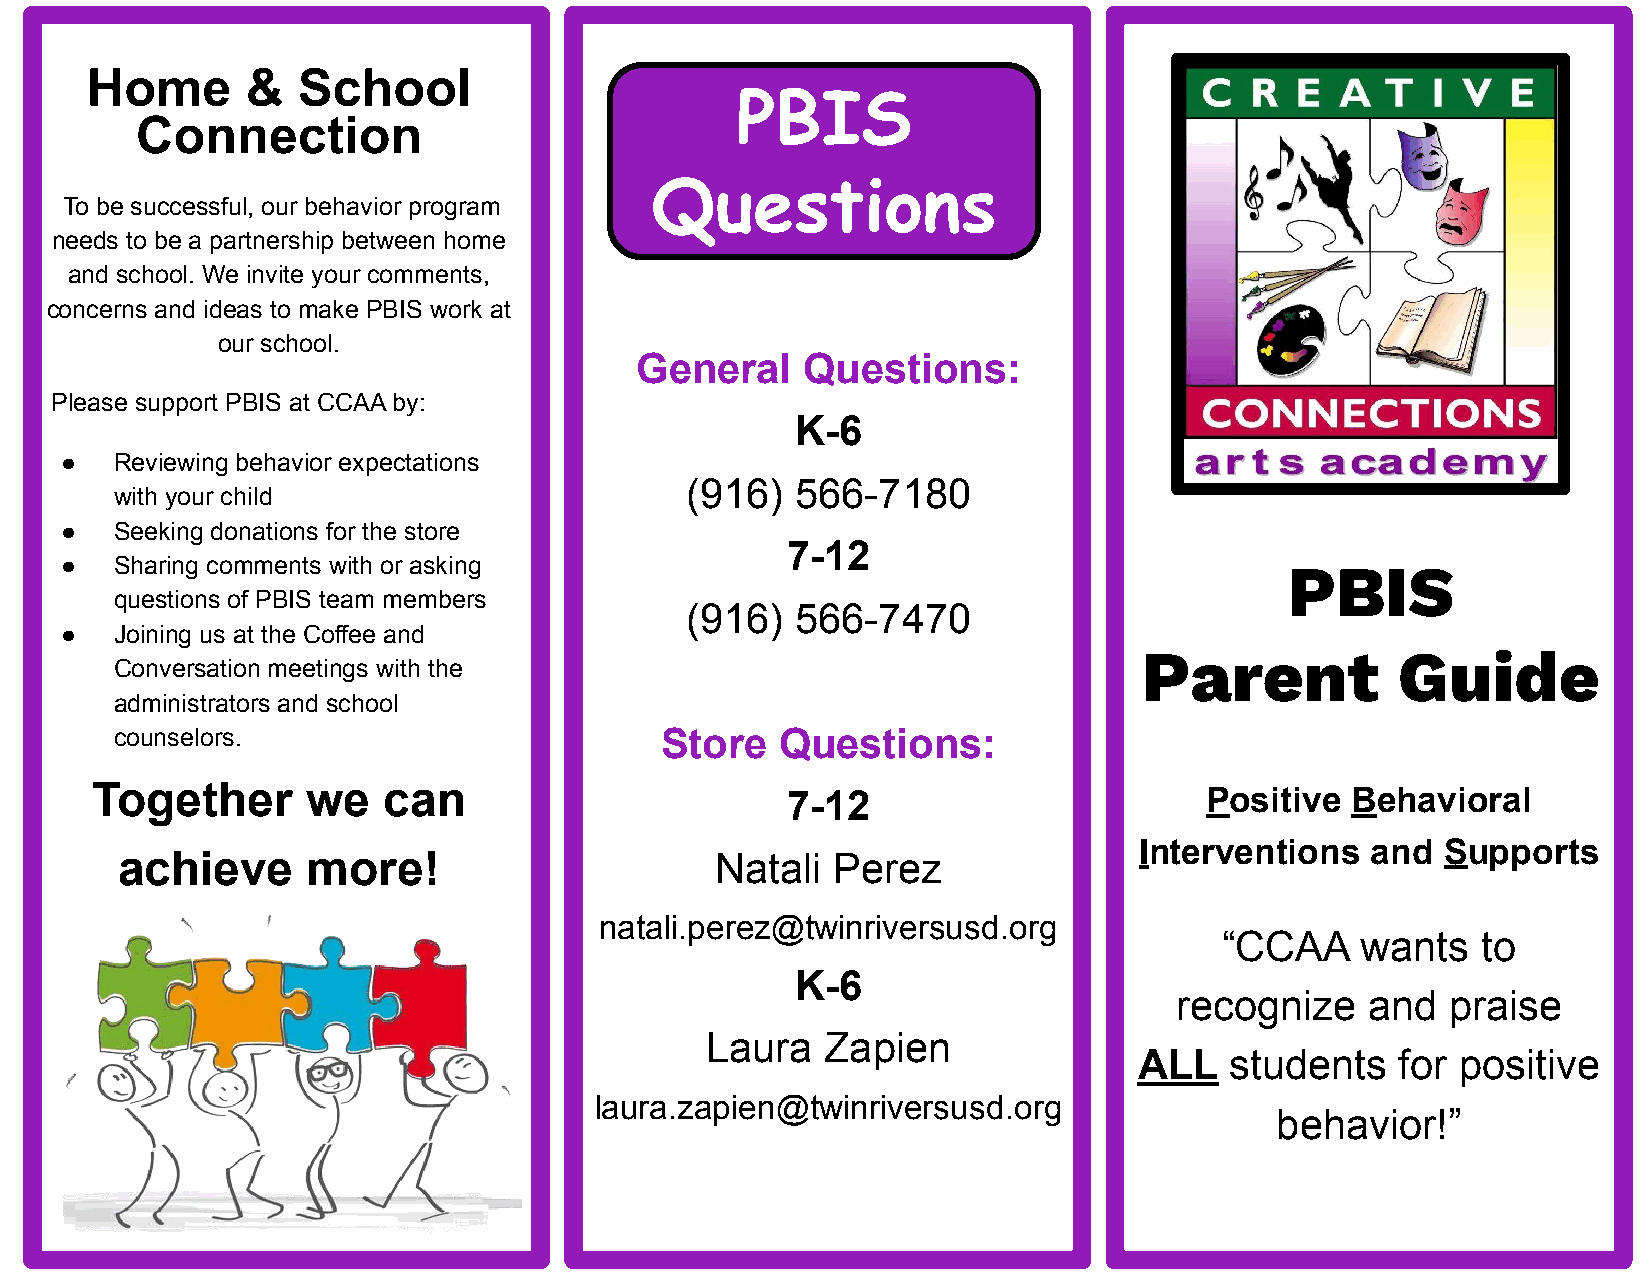
2                                  6                                  1
 Home      &   School
 PBIS
 Connection
 Questions
 To be successful, our behavior program
 needs to be a partnership between home
 and school. We invite your comments,
 concerns and ideas to make PBIS work at
 our school.
 General    Questions:
 Please support PBIS at CCAA by:
 K-6
 ●   Reviewing behavior expectations
 (916)   566-7180
 with your child
 ●   Seeking donations for the store
 7-12
 ●   Sharing comments with or asking
 PBIS
 questions of PBIS team members
 (916)   566-7470
 ●   Joining us at the Coffee and
 Parent          Guide
 Conversation meetings with the
 administrators and school
 counselors.                         Store   Questions:
 Together      we   can                        7-12                        Positive Behavioral
 Interventions   and  Supports
 achieve     more!                      Natali  Perez
 natali.perez@twinriversusd.org
 “CCAA    wants   to
 K-6
 recognize    and  praise
 Laura   Zapien
 ALL   students    for positive
 laura.zapien@twinriversusd.org
 behavior!”